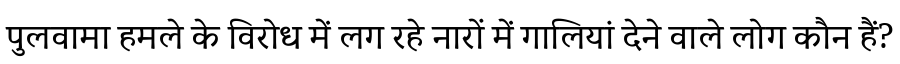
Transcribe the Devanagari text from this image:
पुलवामा हमले के विरोध में लग रहे नारों में गालियां देने वाले लोग कौन हैं?